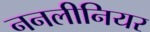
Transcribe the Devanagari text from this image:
ननलीनियर